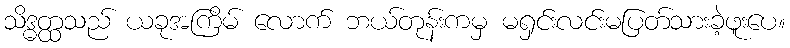
သိဒ္ဓတ္ထသည် ယခုအကြိမ် လောက် ဘယ်တုန်းကမှ မရှင်းလင်းမပြတ်သားခဲ့ဖူးပေ။